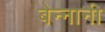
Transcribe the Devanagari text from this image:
बेन्नानी